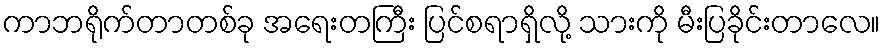
ကာဘရိုက်တာတစ်ခု အရေးတကြီး ပြင်စရာရှိလို့ သားကို မီးပြခိုင်းတာလေ။